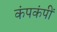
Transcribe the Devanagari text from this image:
कंपकंपीं